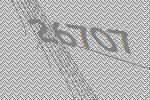
26707